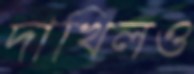
দাখিলও